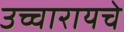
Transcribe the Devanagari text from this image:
उच्चारायचे